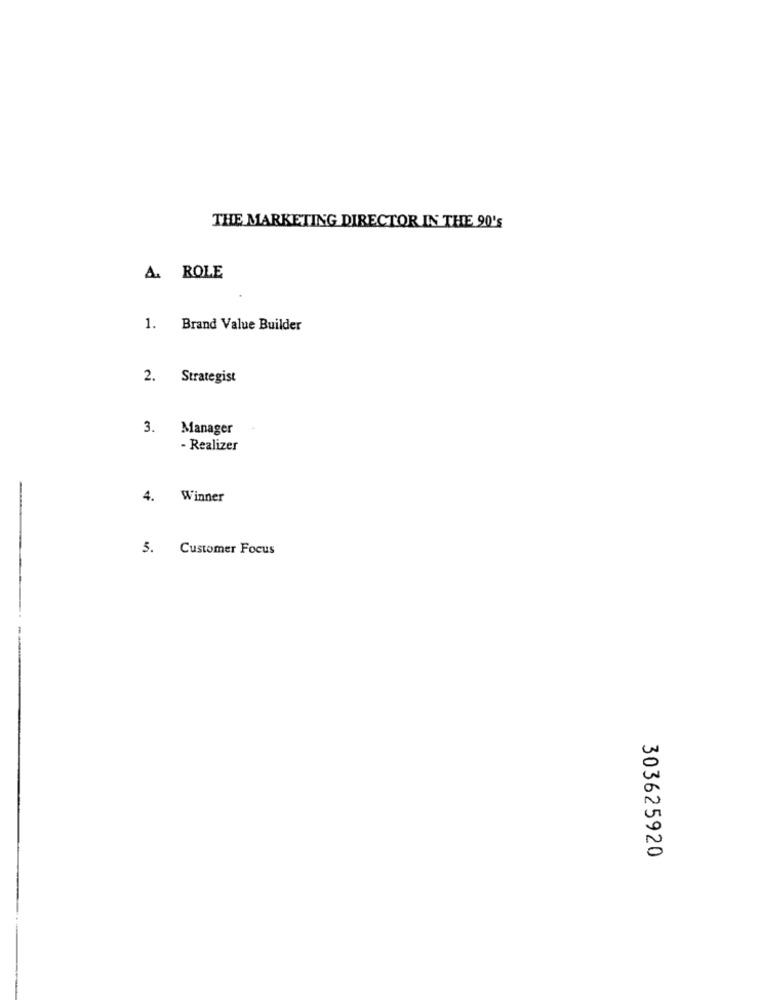
THE MARKETING DIRECTOR IN THE 90's
A. ROLE
1. Brand Value Builder
2. Strategist
3. Manager
- Realizer
4. Winner
5. Customer Focus
303625920